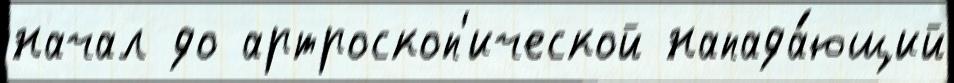
начал до артроскоп'ической напада́ющий